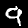
Digit: 9